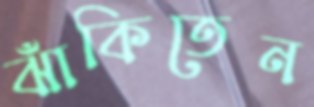
ঝাঁকিতেন